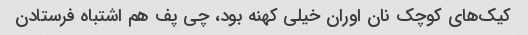
کیک‌های کوچک نان اوران خیلی کهنه بود، چی پف هم اشتباه فرستادن